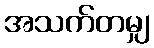
အသက်တမျှ